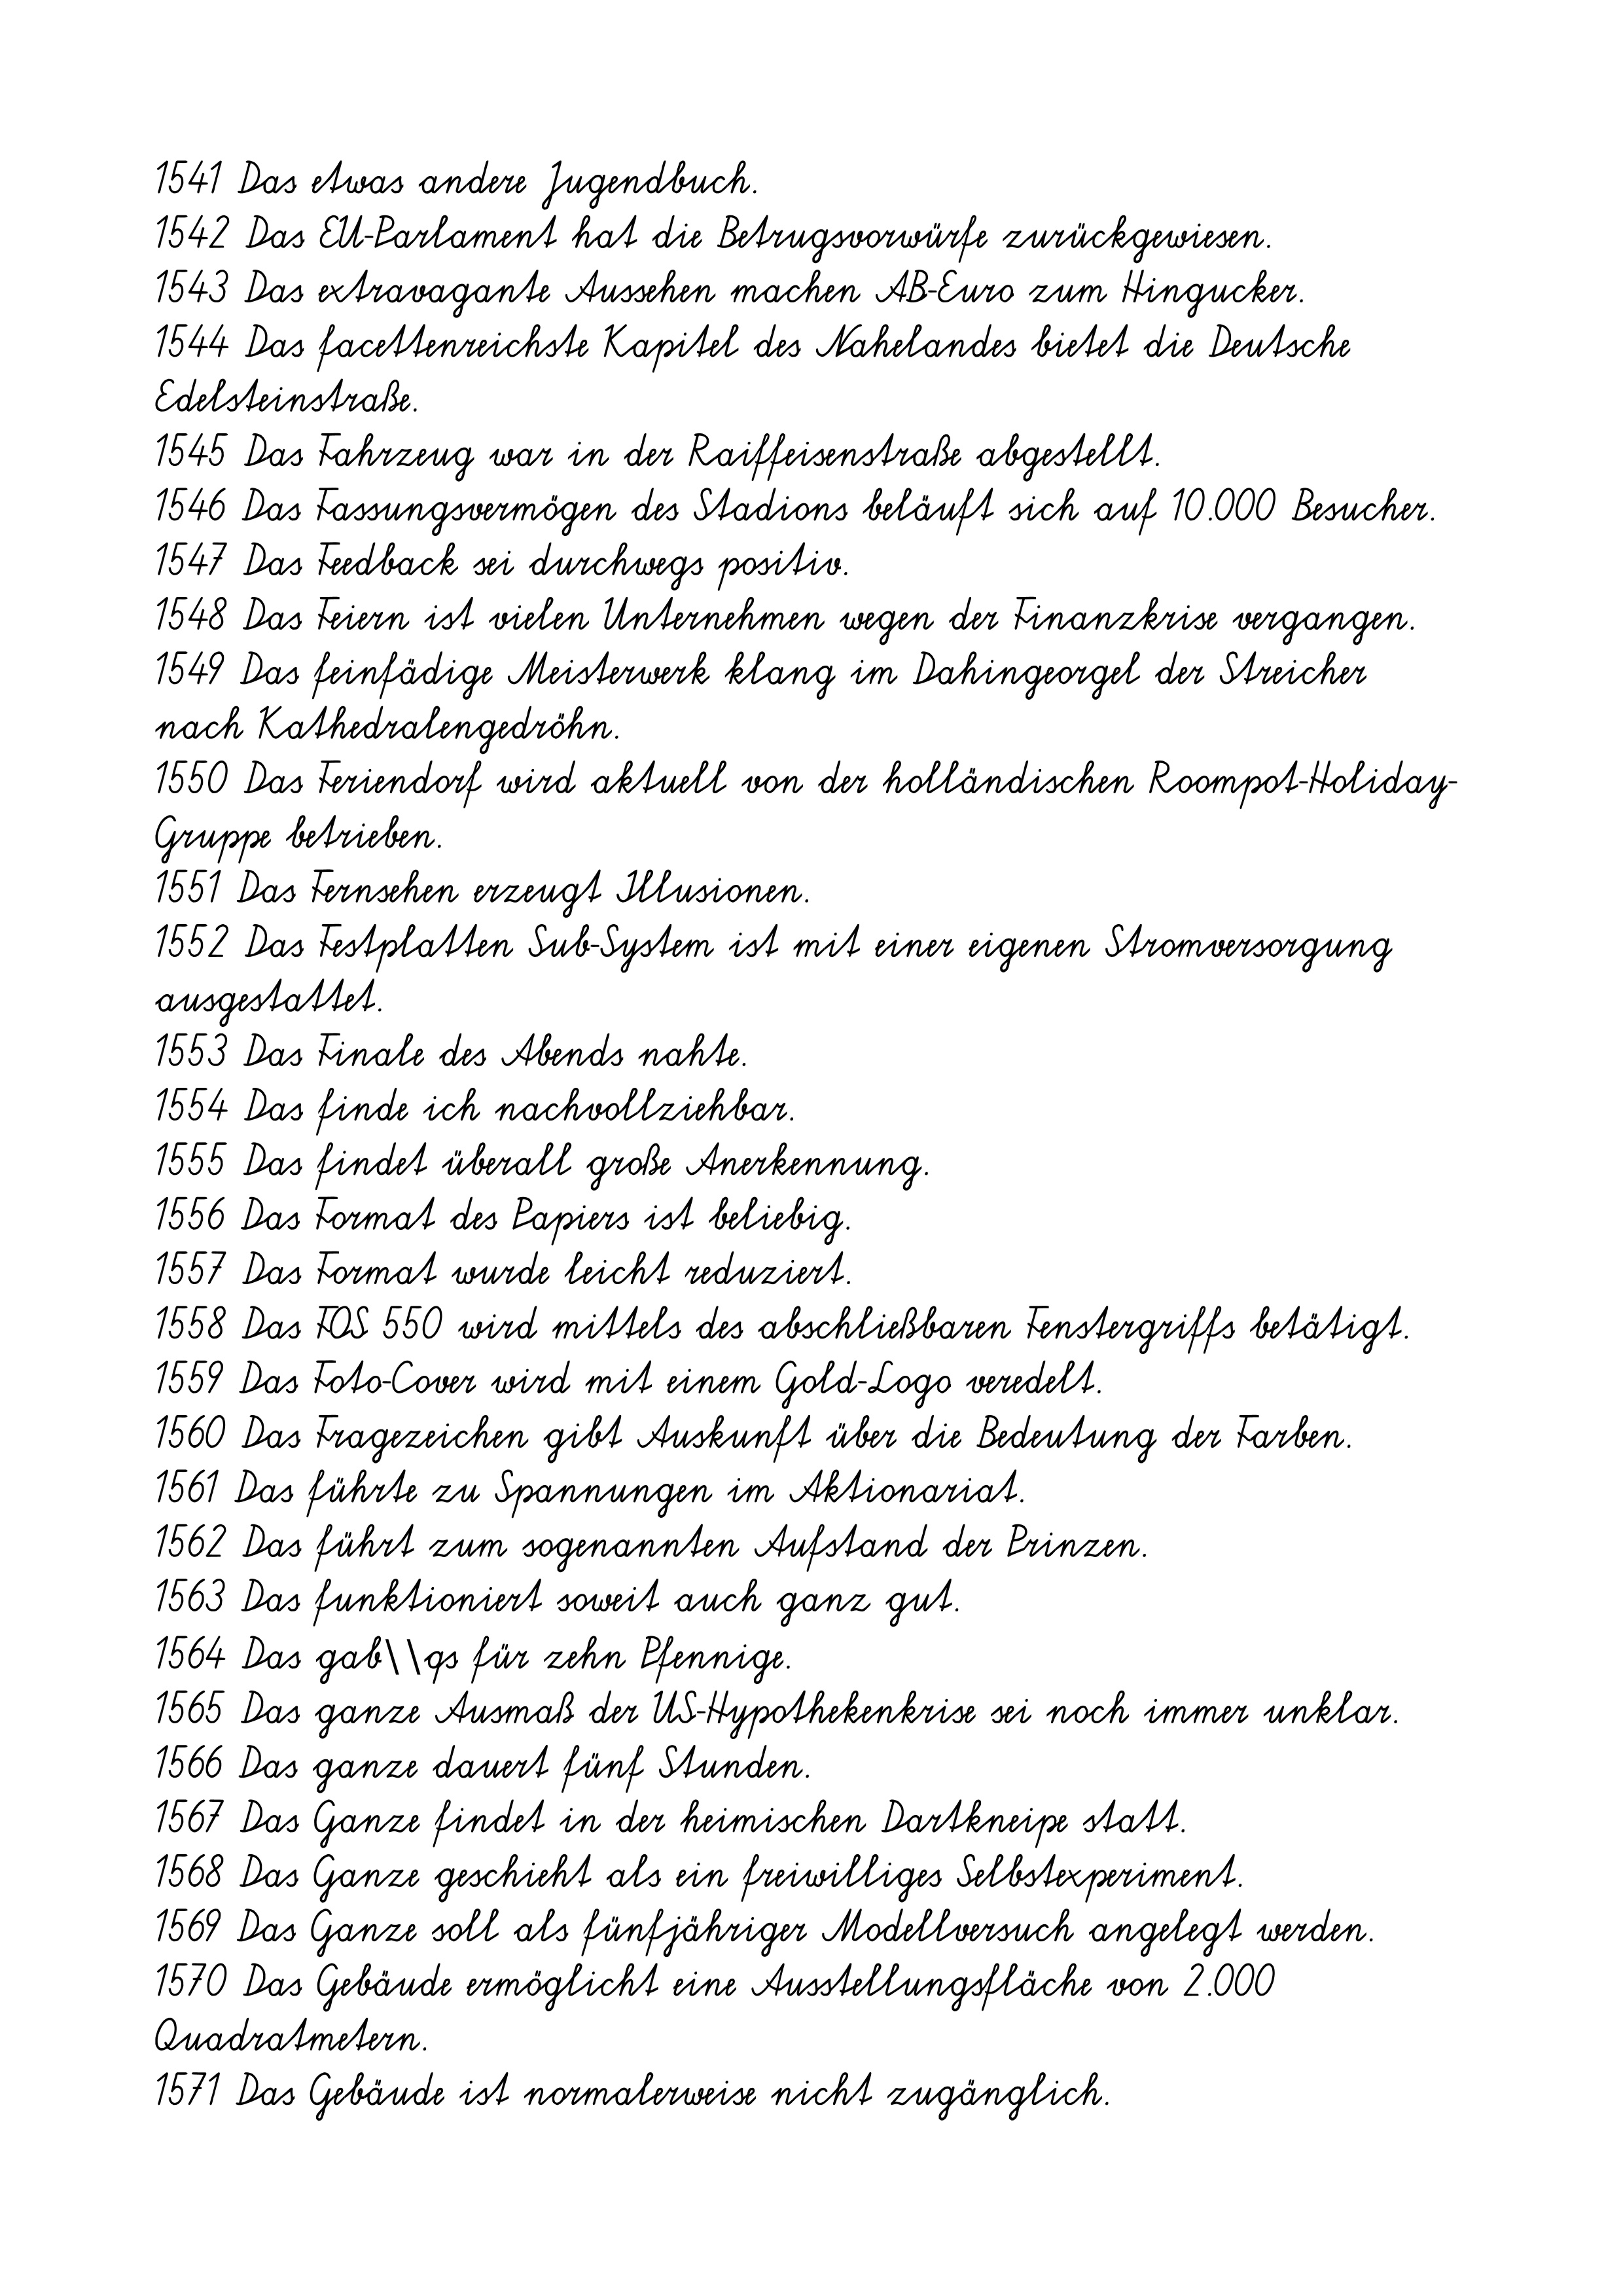
1541 Das etwas andere Jugendbuch.
1542 Das EU-Parlament hat die Betrugsvorwürfe zurückgewiesen.
1543 Das extravagante Aussehen machen AB-Euro zum Hingucker.
1544 Das facettenreichste Kapitel des Nahelandes bietet die Deutsche
Edelsteinstraße.
1545 Das Fahrzeug war in der Raiffeisenstraße abgestellt.
1546 Das Fassungsvermögen des Stadions beläuft sich auf 10.000 Besucher.
1547 Das Feedback sei durchwegs positiv.
1548 Das Feiern ist vielen Unternehmen wegen der Finanzkrise vergangen.
1549 Das feinfädige Meisterwerk klang im Dahingeorgel der Streicher
nach Kathedralengedröhn.
1550 Das Feriendorf wird aktuell von der holländischen Roompot-Holiday-
Gruppe betrieben.
1551 Das Fernsehen erzeugt Illusionen.
1552 Das Festplatten Sub-System ist mit einer eigenen Stromversorgung
ausgestattet.
1553 Das Finale des Abends nahte.
1554 Das finde ich nachvollziehbar.
1555 Das findet überall große Anerkennung.
1556 Das Format des Papiers ist beliebig.
1557 Das Format wurde leicht reduziert.
1558 Das FOS 550 wird mittels des abschließbaren Fenstergriffs betätigt.
1559 Das Foto-Cover wird mit einem Gold-Logo veredelt.
1560 Das Fragezeichen gibt Auskunft über die Bedeutung der Farben.
1561 Das führte zu Spannungen im Aktionariat.
1562 Das führt zum sogenannten Aufstand der Prinzen.
1563 Das funktioniert soweit auch ganz gut.
1564 Das gab\\qs für zehn Pfennige.
1565 Das ganze Ausmaß der US-Hypothekenkrise sei noch immer unklar.
1566 Das ganze dauert fünf Stunden.
1567 Das Ganze findet in der heimischen Dartkneipe statt.
1568 Das Ganze geschieht als ein freiwilliges Selbstexperiment.
1569 Das Ganze soll als fünfjähriger Modellversuch angelegt werden.
1570 Das Gebäude ermöglicht eine Ausstellungsfläche von 2.000
Quadratmetern.
1571 Das Gebäude ist normalerweise nicht zugänglich.